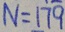
N = 1 7 9